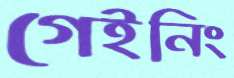
গেইনিং